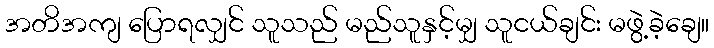
အတိအကျ ပြောရလျှင် သူသည် မည်သူနှင့်မျှ သူငယ်ချင်း မဖွဲ့ခဲ့ချေ။